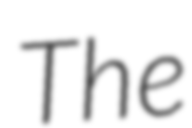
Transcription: The